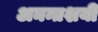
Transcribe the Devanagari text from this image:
अनन्तशयी